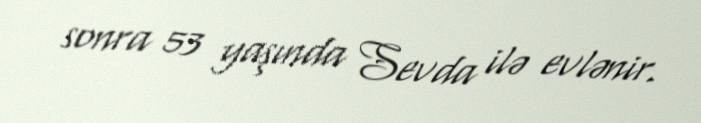
sonra 53 yaşında Sevda ilə evlənir.